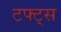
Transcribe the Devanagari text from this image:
टफ्ट्‌स